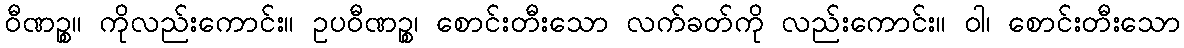
ဝီဏဉ္စ။ ကိုလည်းကောင်း။ ဥပဝီဏဉ္စ၊ စောင်းတီးသော လက်ခတ်ကို လည်းကောင်း။ ဝါ၊ စောင်းတီးသော